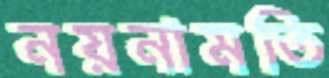
নয়নামতি